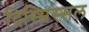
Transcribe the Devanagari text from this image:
दिस्मिस्सल